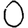
Digit: 0